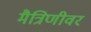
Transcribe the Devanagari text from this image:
मैत्रिणीवर